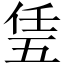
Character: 𠄶